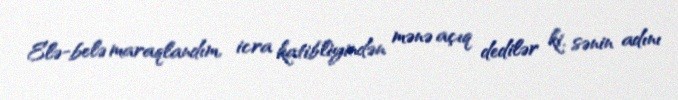
Elə-belə maraqlandım, icra katibliyindən mənə açıq dedilər ki, sənin adını